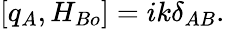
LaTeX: [q_{A},H_{Bo}]=ik\delta_{AB}.